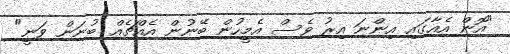
"އޮން އެއާގައި އިންނަ އިރު ވެސް އެމީހުން ބޭނުން އެއްޗެއް ބުނަން ވަނީ"